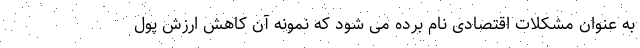
به عنوان مشکلات اقتصادی نام برده می شود که نمونه آن کاهش ارزش پول